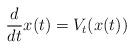
LaTeX: \begin{align*}\frac{d}{dt} x(t) = V_t(x(t)) \end{align*}